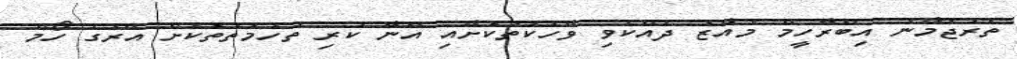
ތަރުޖަމާނު އިބްރާހީމް މުއާޒު ދެއްކެވި ވާހަކަތަކަށާއި އޭނާ ކުރި ތުހުމަތުތަކަށް އޭރުގެ ހޯމް